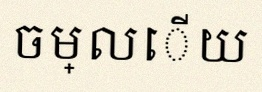
ចម្លើយ